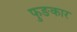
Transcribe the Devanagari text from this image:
फुङकार